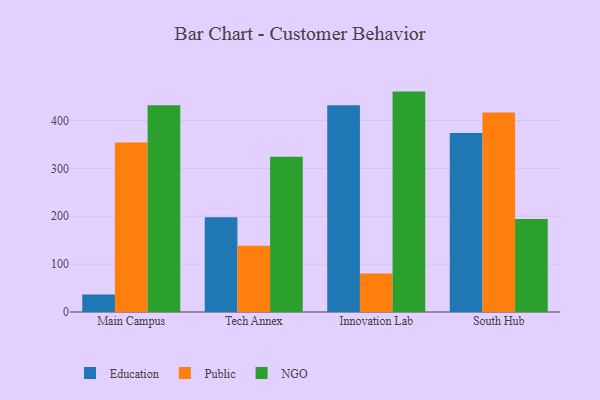
{"axis": {"x": "Campus", "y": "Headcount"}, "legend": ["Education", "NGO", "Public"], "data": [{"x": "Main Campus", "y": 36.5, "type": "Education"}, {"x": "Main Campus", "y": 353.8, "type": "Public"}, {"x": "Main Campus", "y": 431.9, "type": "NGO"}, {"x": "Tech Annex", "y": 198.0, "type": "Education"}, {"x": "Tech Annex", "y": 138.4, "type": "Public"}, {"x": "Tech Annex", "y": 324.4, "type": "NGO"}, {"x": "Innovation Lab", "y": 431.6, "type": "Education"}, {"x": "Innovation Lab", "y": 80.2, "type": "Public"}, {"x": "Innovation Lab", "y": 460.3, "type": "NGO"}, {"x": "South Hub", "y": 373.7, "type": "Education"}, {"x": "South Hub", "y": 416.4, "type": "Public"}, {"x": "South Hub", "y": 194.0, "type": "NGO"}]}